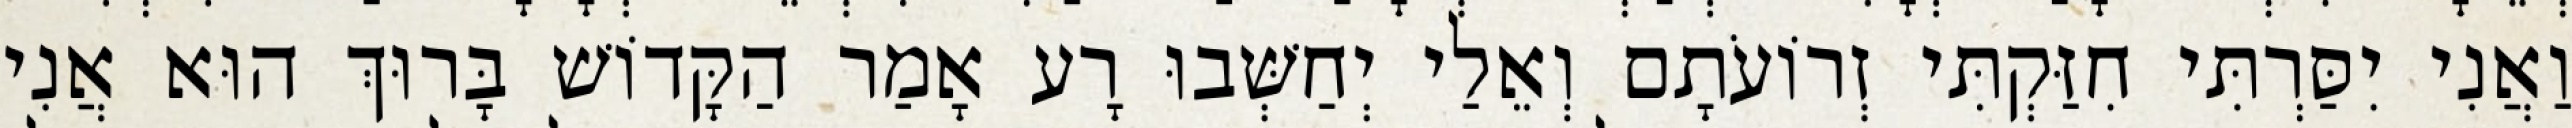
וַאֲנִי יִסַּרְתִּי חִזַּקְתִּי זְרוֹעֹתָם וְאֵלַי יְחַשְּׁבוּ רָע אָמַר הַקָּדוֹשׁ בָּרוּךְ הוּא אֲנִי